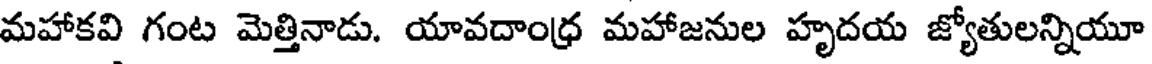
మహాకవి గంట మెత్తినాడు. యావదాంధ్ర మహాజనుల హృదయ జ్యోతులన్నియూ